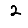
Digit: 2